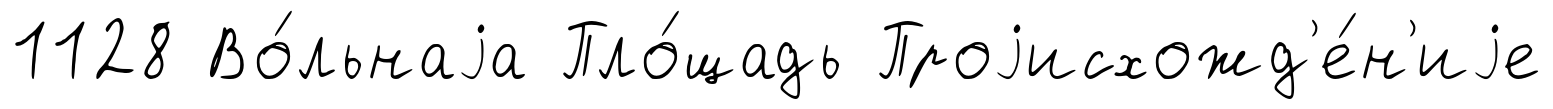
1128 Во́льнаjа Пло́щадь Проjисхожд'е́н'иjе